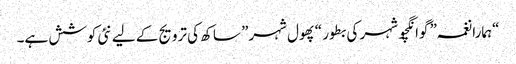
“ہمارا نغمہ” گوانگچو شہر کی بطور “پھول شہر” ساکھ کی ترویج کے لیے نئی کوشش ہے۔